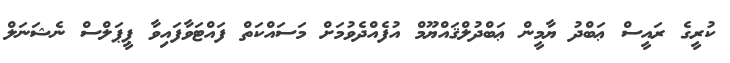
ކުރީގެ ރައީސް ޢަބްދު ޔާމީން ޢަބްދުލްޤައްޔޫމް އުފެއްދެވުމަށް މަސައްކަތް ފައްޓަވާފައިވާ ޕީޕަލްސް ނެޝަނަލް